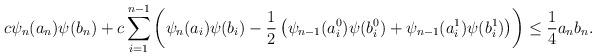
LaTeX: \begin{align*}c \psi_n(a_n) \psi(b_n) + c \sum_{i=1}^{n-1} \left(\psi_n(a_i)\psi(b_i) - \frac{1}{2} \left( \psi_{n-1}(a^0_i) \psi(b^0_i) +\psi_{n-1}(a^1_i)\psi(b^1_i) \right) \right) \leq \frac14 a_n b_n.\end{align*}